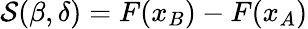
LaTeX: \begin{array}{r}{\mathcal{S}(\beta,\delta)=F({x_{B}})-F({x_{A}})}\end{array}